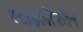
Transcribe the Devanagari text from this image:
स्टाइलोफोन